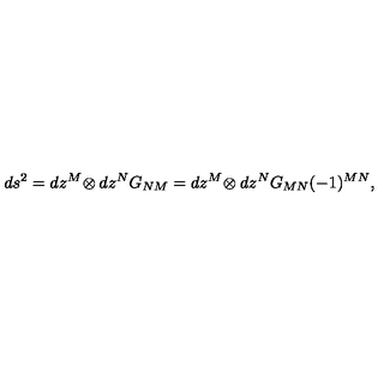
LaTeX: d s ^ { 2 } = d z ^ { M } \! \otimes d z ^ { N } G _ { N M } = d z ^ { M } \! \otimes d z ^ { N } G _ { M N } ( - 1 ) ^ { M N } ,